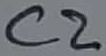
Text: C2